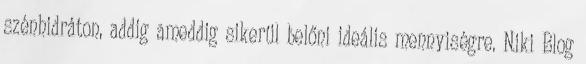
szénhidráton, addig ameddig sikerül belőni ideális mennyiségre. Niki Blog